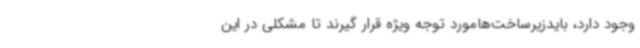
وجود دارد، بایدزیرساخت‌هامورد توجه ویژه قرار گیرند تا مشکلی در این